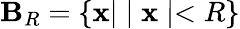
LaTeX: \mathbf{B}_{R}=\left\{ {\mathbf{x}}|\mid{\mathbf{x}}\mid<R\right\}